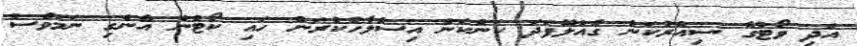
އަދި ވޯޓުގެ ސިއްރުކަން ގެއްލޭފަދަ ކަންކަން އިސްލާހުކުރަން ހައި ކޯޓުން އެންގި ނަމަވެސް